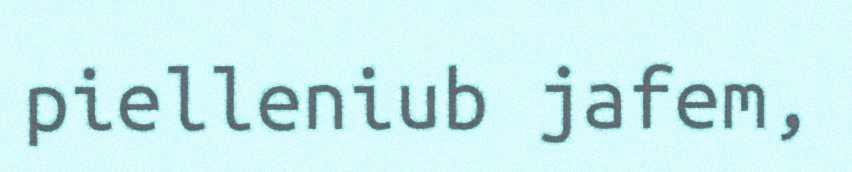
pielleniub jafem,